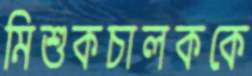
মিশুকচালককে